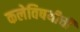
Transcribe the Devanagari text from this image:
कलेविषयीची